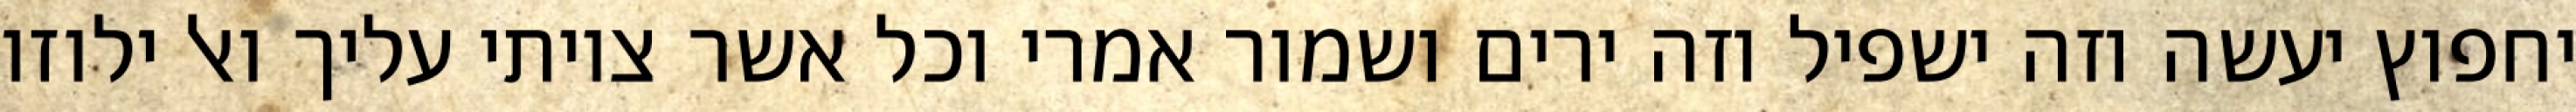
יחפוץ יעשה וזה ישפיל וזה ירים ושמור אמרי וכל אשר צויתי עליך ואל ילוזו